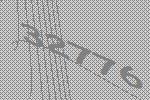
32776